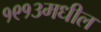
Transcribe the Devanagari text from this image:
१९१३मधील